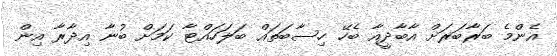
އެންމެ ބަރާބަރަށް އާބާދީއާ ބެހޭ ހިސާބަތައް ބަލަހައްޓާ ކަމަށް ބުނާ އިދާރާ އިން